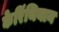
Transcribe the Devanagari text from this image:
केरिंथियान